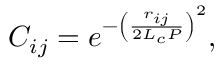
C _ { i j } = e ^ { - \left( \frac { r _ { i j } } { 2 L _ { c } P } \right) ^ { 2 } } ,